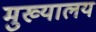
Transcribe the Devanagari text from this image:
मुख्यालय